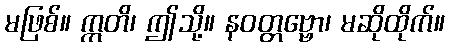
မဖြစ်။ ဣတိ၊ ဤသို့။ နဝတ္တဗ္ဗော၊ မဆိုထိုက်။